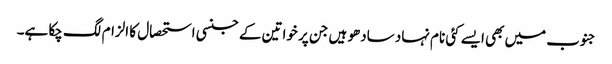
جنوب میں بھی ایسے کئی نام نہاد سادھو ہیں جن پر خواتین کے جنسی استحصال کا الزام لگ چکا ہے۔